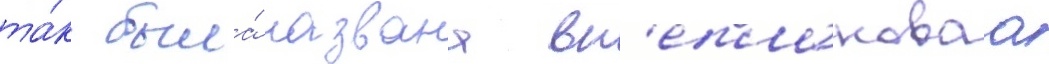
та́к была́ названа вн'еплановаа